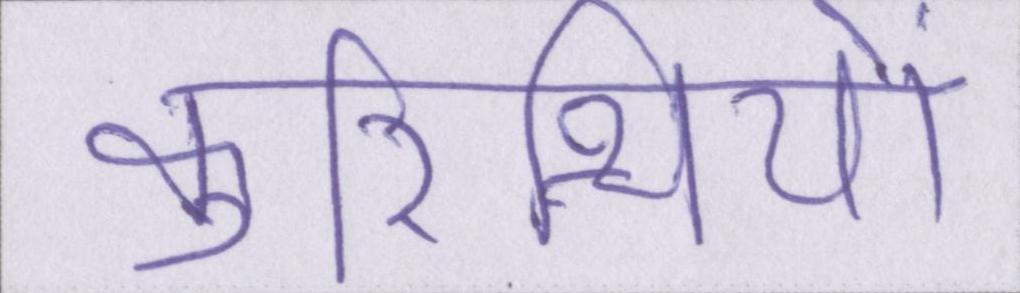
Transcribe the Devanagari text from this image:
कुरिन्थियों